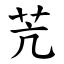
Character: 苀